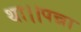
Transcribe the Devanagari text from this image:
था।।पन्ना